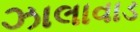
ઝાલાવાડ